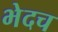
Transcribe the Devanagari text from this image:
भेदच